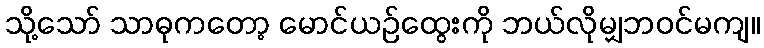
သို့သော် သာဓုကတော့ မောင်ယဉ်ထွေးကို ဘယ်လိုမျှဘဝင်မကျ။